Report of the Indian Hemp Drugs Commission, 1894-1895 - Volume VII
Year: 1894
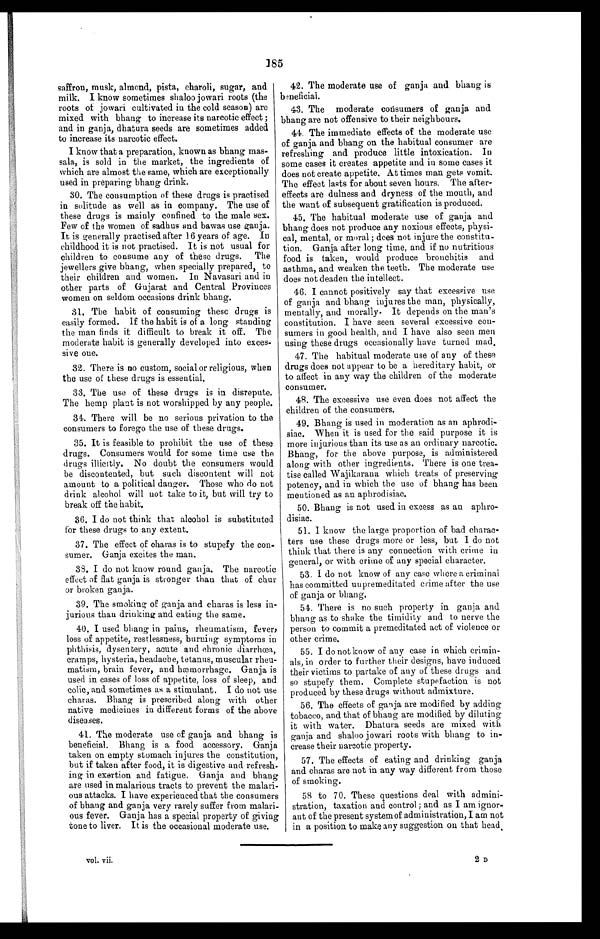
vol. vii.
2 D
185
saffron, musk, almond, pista, charoli, sugar, and
milk. I know sometimes shaloo jowari roots (the
roots of jowari cultivated in the cold season) are
mixed with bhang to increase its narcotic effect ;
and in ganja, dhatura seeds are sometimes added
to increase its narcotic effect.
I know that a preparation, known as bhang mas-
sala, is sold in the market, the ingredients of
which are almost the same, which are exceptionally
used in preparing bhang drink.
30. The consumption of these drugs is practised
in solitude as well as in company. The use of
these drugs is mainly confined to the male sex.
Few of the women of sadhus and bawas use ganja.
It is generally practised after 16 years of age. In
childhood it is not practised. It is not usual for
children to consume any of these drugs. The
jewellers give bhang, when specially prepared, to
their children and women. In Navasari and in
other parts of Gujarat and Central Provinces
women on seldom occasions drink bhang.
31. The habit of consuming these drugs is
easily formed. If the habit is of a long standing
the man finds it difficult to break it off. The
moderate habit is generally developed into exces-
sive one.
32. There is no custom, social or religious, when
the use of these drugs is essential.
33. The use of these drugs is in disrepute.
The hemp plant is not worshipped by any people.
34. There will be no serious privation to the
consumers to forego the use of these drugs.
35. It is feasible to prohibit the use of these
drugs. Consumers would for some time use the
drugs illicitly. No doubt the consumers would
be discontented, but such discontent will not
amount to a political danger. Those who do not
drink alcohol will not take to it, but will try to
break off the habit.
36. I do not think that alcohol is substituted
for these drugs to any extent.
37. The effect of charas is to stupefy the con-
sumer. Ganja excites the man.
38. I do not know round ganja. The narcotic
effect of fiat ganja is stronger than that of chur
or broken ganja.
39. The smoking of ganja and charas is less in-
jurious than drinking and eating the same.
40. I used bhang in pains, rheumatism, fevers
loss of appetite, restlessness, burning symptoms in
phthisis, dysentery, acute and chronic diarrhœa,
cramps, hysteria, headache, tetanus, muscular rheu-
matism, brain fever, and hætmorrhage. Ganja is
used in cases of loss of appetite, loss of sleep, and
colic, and sometimes as a stimulant. I do not use
charas. Bhang is prescribed along with other
native medicines in different forms of the above
diseases.
41. The moderate use of ganja and bhang is
beneficial. Bhang is a food accessory. Ganja
taken on empty stomach injures the constitution,
but if taken after food, it is digestive and refresh-
ing in exertion and fatigue. Ganja and bhang
are used in malarious tracts to prevent the malari-
ous attacks. I have experienced that the consumers
of bhang and ganja very rarely suffer from malari-
ous fever. Ganja has a special property of giving
tone to liver. It is the occasional moderate use.
42. The moderate use of ganja and bhang is
beneficial.
43. The moderate consumers of ganja and
bhang are not offensive to their neighbours.
44. The immediate effects of the moderate use
of ganja and bhang on the habitual consumer are
refreshing and produce little intoxication. In
some cases it creates appetite and in some cases it
does not create appetite. At times man gets vomit.
The effect lasts for about seven hours. The after-
effects are dulness and dryness of the mouth, and
the want of subsequent gratification is produced.
45. The habitual moderate use of ganja and
bhang does not produce any noxious effects, physi-
cal, mental, or moral; does not injure the constitu-
tion. Ganja after long time, and if no nutritious
food is taken, would produce bronchitis and
asthma, and weaken the teeth. The moderate use
does not deaden the intellect.
46. I cannot positively say that excessive use
of ganja and bhang injures the man, physically,
mentally, and morally. It depends on the man's
constitution. I have seen several excessive con-
sumers in good health, and I have also seen men
using these drugs occasionally have turned mad
47. The habitual moderate use of any of these
drugs does not appear to be a hereditary habit, or
to affect in any way the children of the moderate
consumer.
48. The excessive use even does not affect the
children of the consumers.
49. Bhang is used in moderation as an aphrodi-
siac. When it is used for the said purpose it is
more injurious than its use as an ordinary narcotic.
Bhang, for the above purpose, is administered
along with other ingredients. There is one trea-
tise called Wajikarana which treats of preserving
potency, and in which the use of bhang has been
mentioned as an aphrodisiac.
50. Bhang is not used in excess as au aphro-
disiac.
51. I know the large proportion of bad charac-
ters use these drugs more or less, but I do not
think that there is any connection with crime in
general, or with crime of any special character.
53. 1 do not know of any case where a criminal
has committed unpremeditated crime after the use
of ganja or bhang.
54. There is no such property in ganja and
bhang as to shake the timidity and to nerve the
person to commit a premeditated act of violence or
other crime.
55. I do not know of any case in which crimin-
als, in order to further their designs, have induced
their victims to partake of any of these drugs and
so stupefy them. Complete stupefaction is not
produced by these drugs without admixture.
56. The effects of ganja are modified by adding
tobacco, and that of bhang are modified by diluting
it with water. Dhatura seeds are mixed with
ganja and shaloo jowari roots with bhang to in-
crease their narcotic property.
57. The effects of eating and drinking ganja
and charas are not in any way different from those
of smoking,
58 to 70. These questions deal with admini-
stration, taxation and control; and as I am ignor-
ant of the present system of administration, I am not
in a position to make any suggestion on that head.